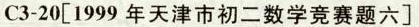
C3-20[1999年天津市初二数学竞赛题六]